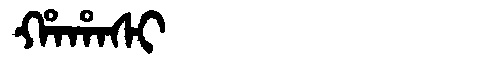
Manchu: ᡥᠠᡥᠠᠰᡳ
Romanization: HAHASI